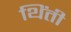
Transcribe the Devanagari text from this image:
थिंती